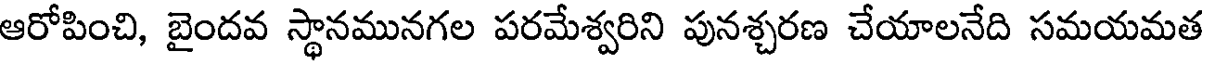
ఆరోపించి, బైందవ స్థానమునగల పరమేశ్వరిని పునశ్చరణ చేయాలనేది సమయమత